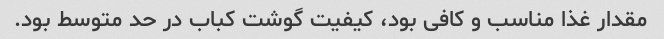
مقدار غذا مناسب و کافی بود، کیفیت گوشت کباب در حد متوسط بود.